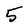
Character: 5